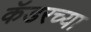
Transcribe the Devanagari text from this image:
कॅडरच्या